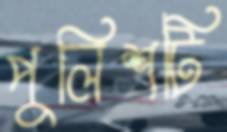
পুলিশটি